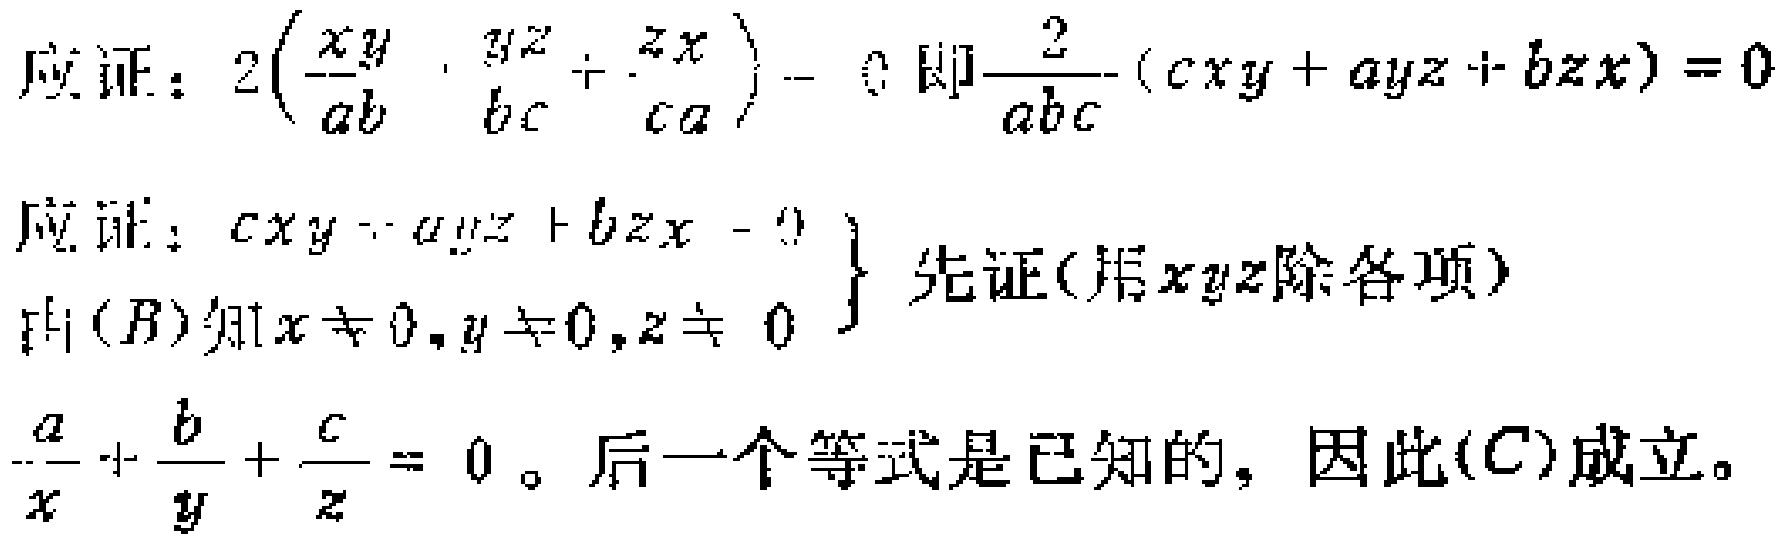
应证：\(2\left(\frac{xy}{ab}+\frac{yz}{bc}+\frac{zx}{ca}\right)=0\)即\(\frac{2}{abc}(cxy + ayz + bzx)=0\)

应证：\(cxy + ayz + bzx = 0\)

由\((B)\)知\(x\neq 0,y\neq 0,z\neq 0\) 先证(用\(xyz\)除各项)

\(\frac{a}{x}+\frac{b}{y}+\frac{c}{z}=0\)。后一个等式是已知的，因此\((C)\)成立。